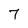
Character: 7